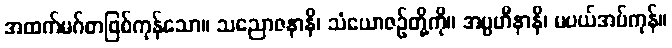
အထက်မဂ်စာဖြစ်ကုန်သော။ သညောဇနာနိ၊ သံယောဇဉ်တို့ကို။ အပ္ပဟီနာနိ၊ မပယ်အပ်ကုန်။